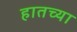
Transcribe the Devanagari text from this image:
हातच्या